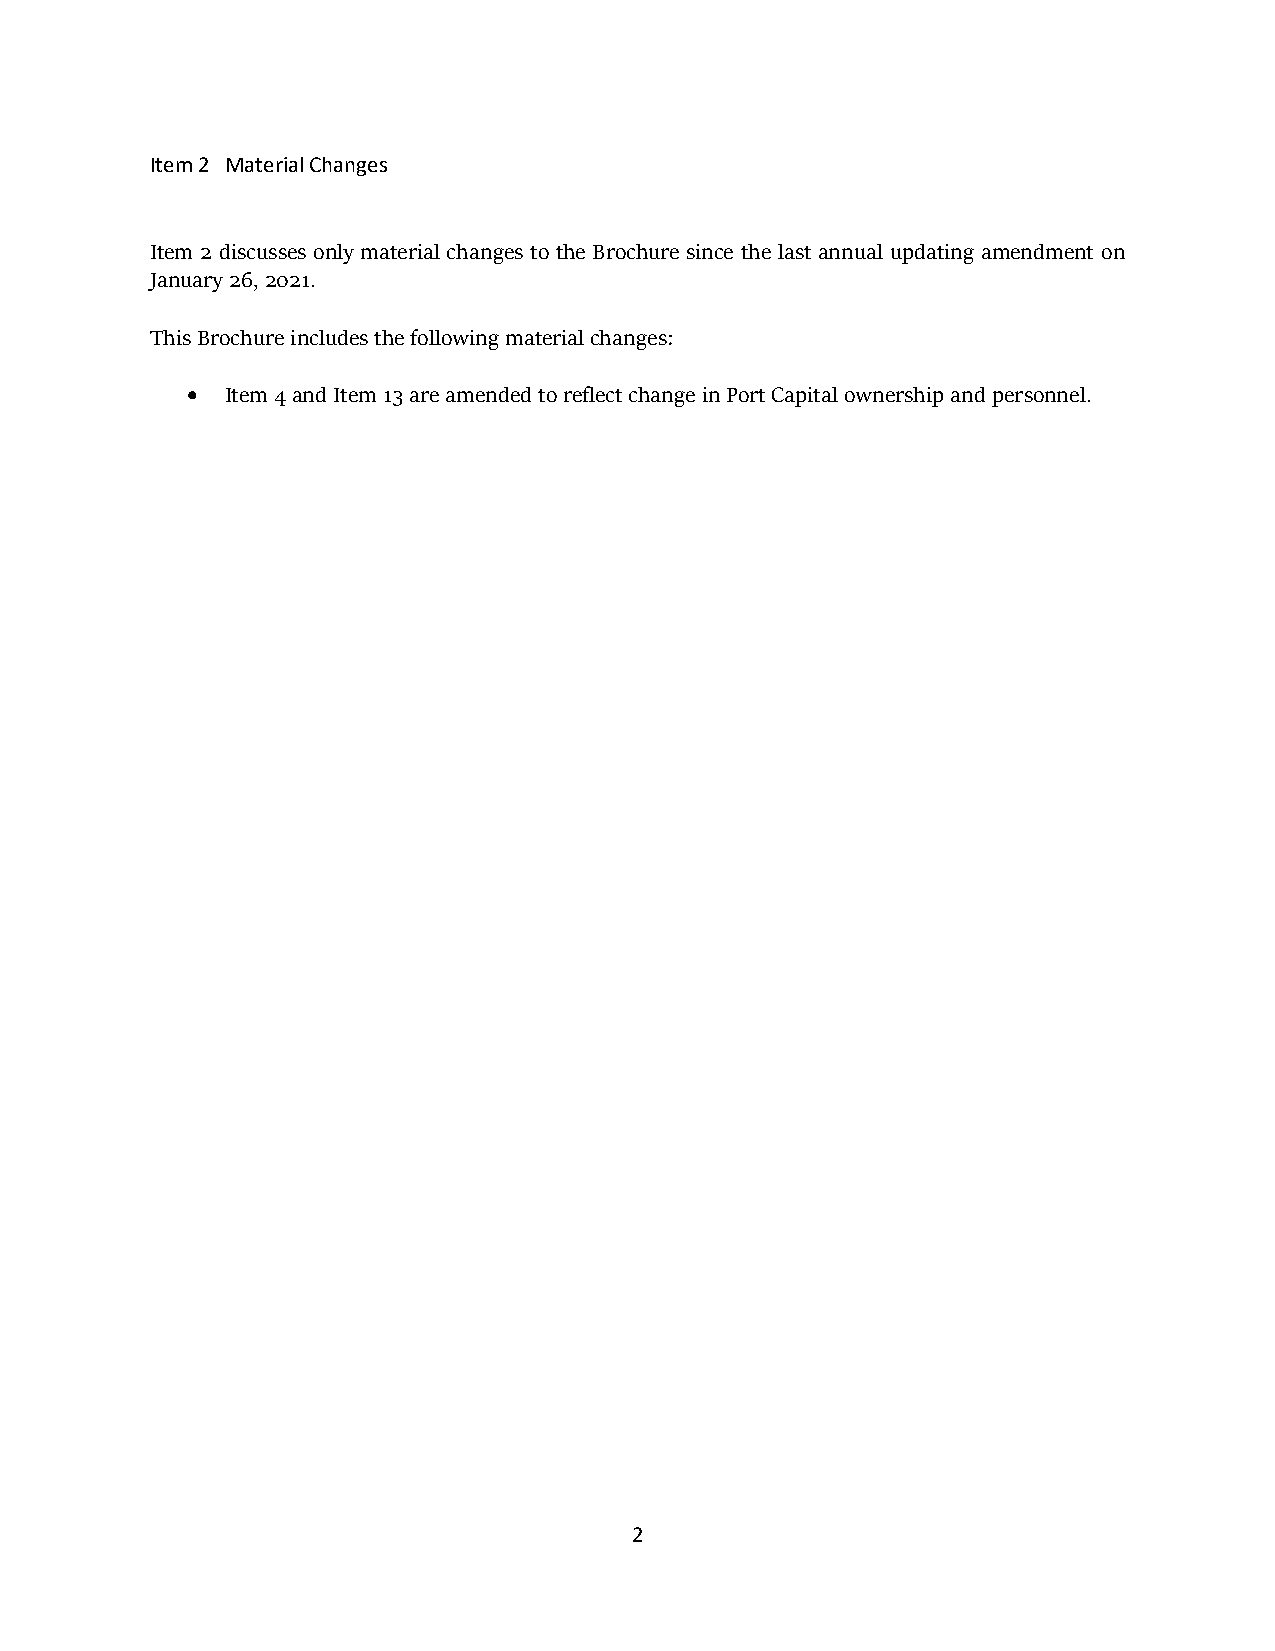
Item 2 Material Changes
 Item 2 discusses only material changes to the Brochure since the last annual updating amendment on
 January 26, 2021.
 This Brochure includes the following material changes:
 •  Item 4 and Item 13 are amended to reflect change in Port Capital ownership and personnel.
 2